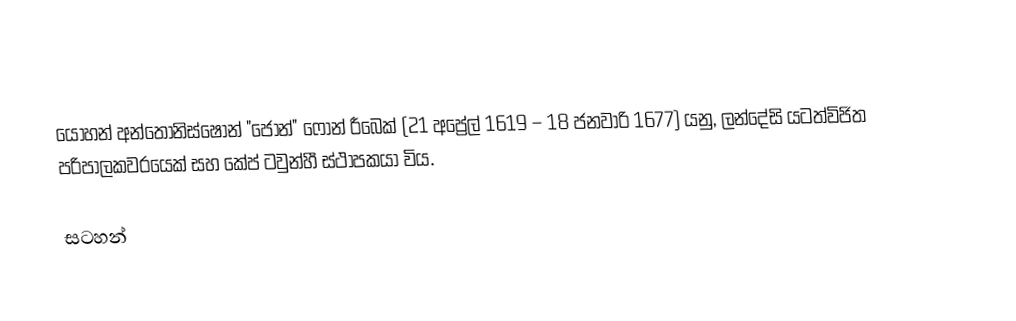
යෝහන් අන්තෝනිස්ෂෝන් "ජොන්"  ෆොන් රීබෙක් (21 අප්‍රේල් 1619 – 18 ජනවාරි 1677) යනු,  ලන්දේසි යටත්විජිත පරිපාලකවරයෙක් සහ  කේප් ටවුන්හී ස්ථාපකයා විය.

සටහන්